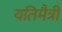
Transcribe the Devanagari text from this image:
यतिमैत्री